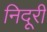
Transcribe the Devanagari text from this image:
निदूरी